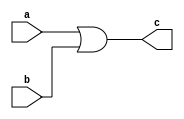
module hello(a,b,c);
input a, b;
output c;
assign c = a|b;
endmodule